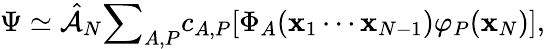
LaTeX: \Psi\simeq\hat{\mathcal{A}}_{N}{\sum}_{A,P}c_{A,P}[\Phi_{A}(\mathbf{x}_{1}\cdots\mathbf{x}_{N-1})\varphi_{P}(\mathbf{x}_{N})],